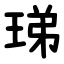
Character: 珶